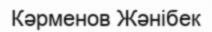
Кәрменов Жәнібек